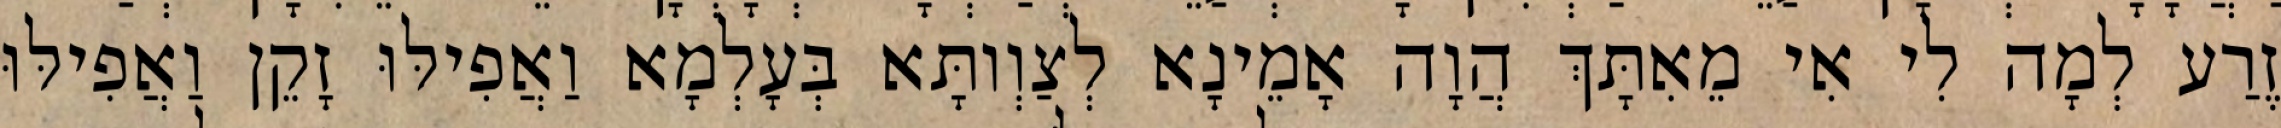
זֶרַע לְמָה לִי אִי מֵאִתָּךְ הֲוָה אָמֵינָא לְצַוְותָּא בְּעָלְמָא וַאֲפִילּוּ זָקֵן וַאֲפִילּוּ